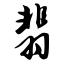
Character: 翡